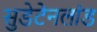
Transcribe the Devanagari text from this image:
सुडेटेनलांड